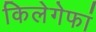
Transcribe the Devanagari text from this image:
किलेगेफां